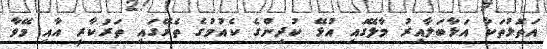
އަތޮޅުތަކާ އަޅާބަލާއިރު މާލޭގައި އުޅޭ ކުދިންގެ ކެއުމުގެ ތެރޭގައި ތަރުކާރީ އާއި މޭވާ